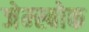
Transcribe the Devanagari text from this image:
जेम्स्बोक